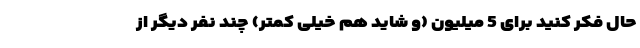
حال فکر کنید برای 5 میلیون (و شاید هم خیلی کمتر) چند نفر دیگر از